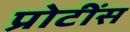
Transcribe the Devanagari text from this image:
प्रोटींस